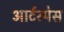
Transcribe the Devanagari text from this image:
आर्टस्पेस